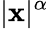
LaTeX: |\mathbf{x}|^{\alpha}